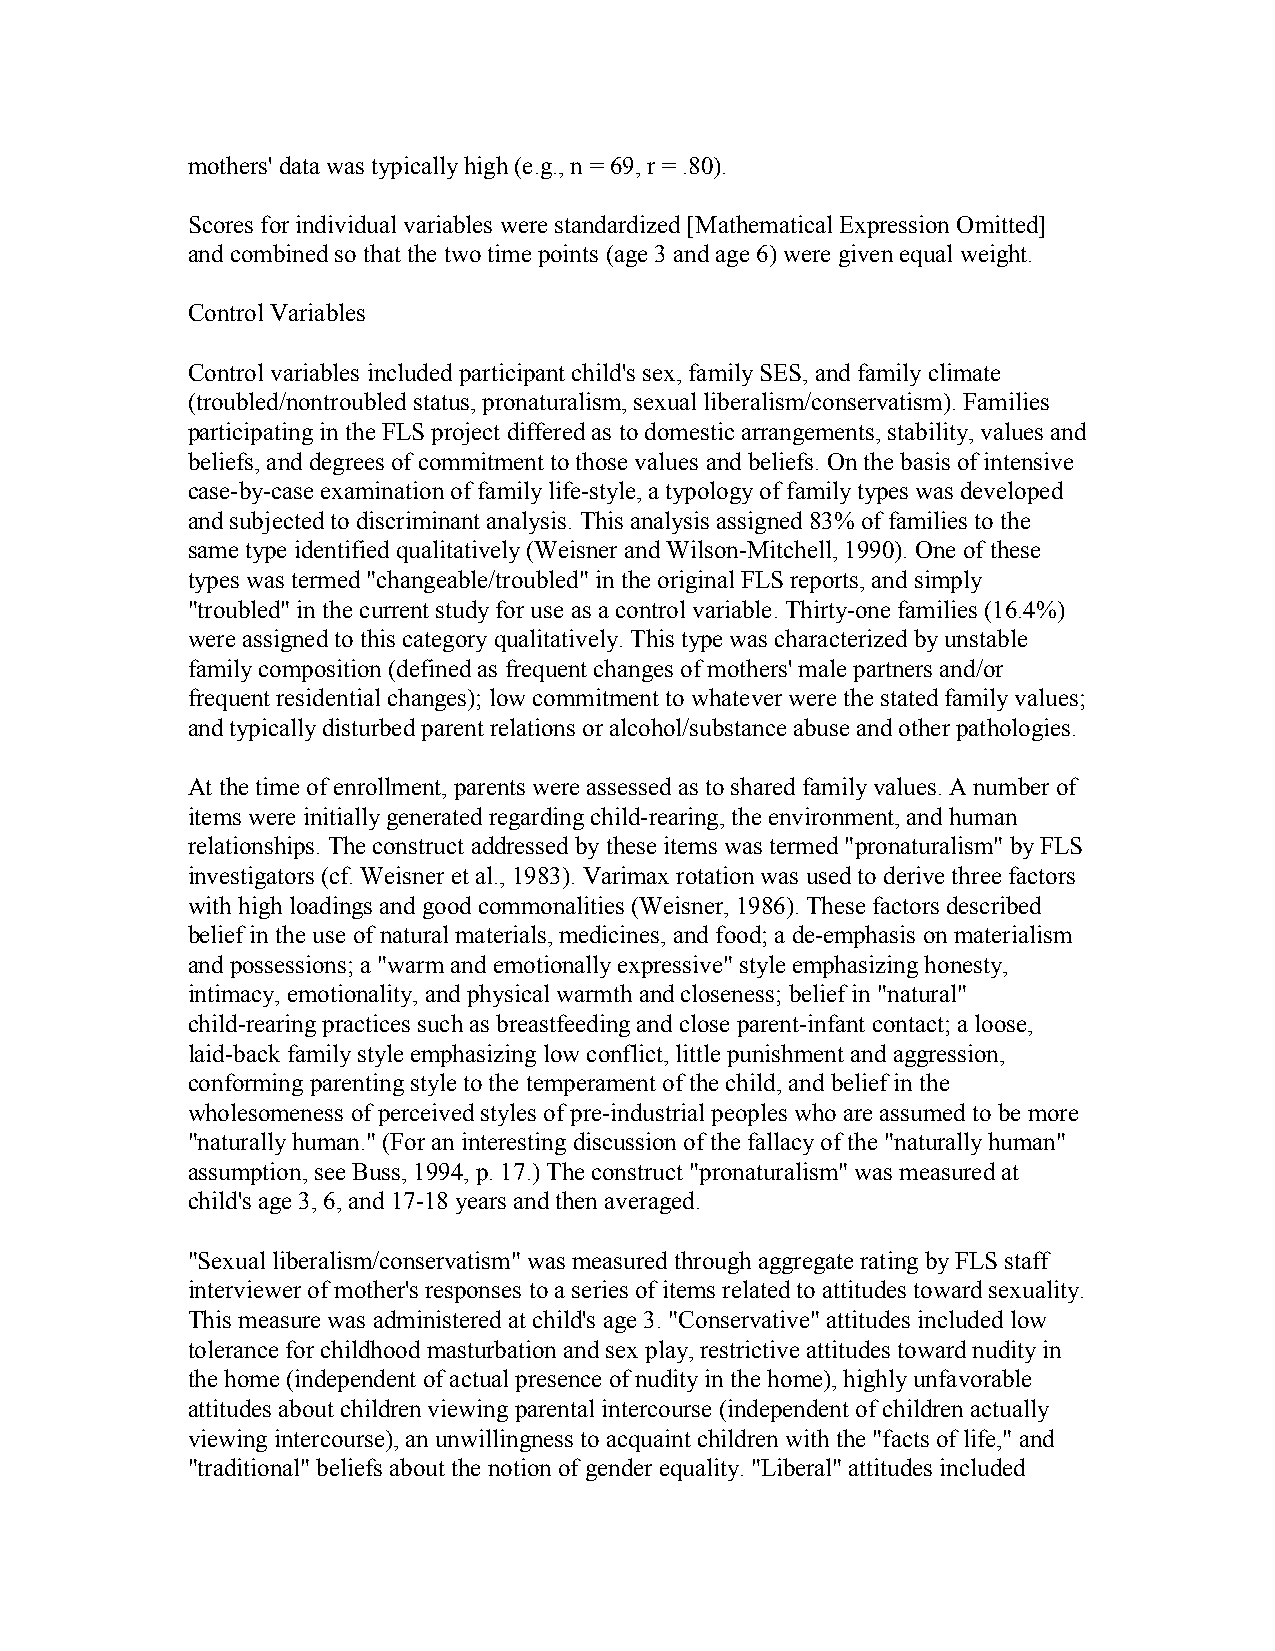
mothers' data was typically high (e.g., n = 69, r = .80).
 Scores for individual variables were standardized [Mathematical Expression Omitted]
 and combined so that the two time points (age 3 and age 6) were given equal weight.
 Control Variables
 Control variables included participant child's sex, family SES, and family climate
 (troubled/nontroubled status, pronaturalism, sexual liberalism/conservatism). Families
 participating in the FLS project differed as to domestic arrangements, stability, values and
 beliefs, and degrees of commitment to those values and beliefs. On the basis of intensive
 case-by-case examination of family life-style, a typology of family types was developed
 and subjected to discriminant analysis. This analysis assigned 83% of families to the
 same type identified qualitatively (Weisner and Wilson-Mitchell, 1990). One of these
 types was termed "changeable/troubled" in the original FLS reports, and simply
 "troubled" in the current study for use as a control variable. Thirty-one families (16.4%)
 were assigned to this category qualitatively. This type was characterized by unstable
 family composition (defined as frequent changes of mothers' male partners and/or
 frequent residential changes); low commitment to whatever were the stated family values;
 and typically disturbed parent relations or alcohol/substance abuse and other pathologies.
 At the time of enrollment, parents were assessed as to shared family values. A number of
 items were initially generated regarding child-rearing, the environment, and human
 relationships. The construct addressed by these items was termed "pronaturalism" by FLS
 investigators (cf. Weisner et al., 1983). Varimax rotation was used to derive three factors
 with high loadings and good commonalities (Weisner, 1986). These factors described
 belief in the use of natural materials, medicines, and food; a de-emphasis on materialism
 and possessions; a "warm and emotionally expressive" style emphasizing honesty,
 intimacy, emotionality, and physical warmth and closeness; belief in "natural"
 child-rearing practices such as breastfeeding and close parent-infant contact; a loose,
 laid-back family style emphasizing low conflict, little punishment and aggression,
 conforming parenting style to the temperament of the child, and belief in the
 wholesomeness of perceived styles of pre-industrial peoples who are assumed to be more
 "naturally human." (For an interesting discussion of the fallacy of the "naturally human"
 assumption, see Buss, 1994, p. 17.) The construct "pronaturalism" was measured at
 child's age 3, 6, and 17-18 years and then averaged.
 "Sexual liberalism/conservatism" was measured through aggregate rating by FLS staff
 interviewer of mother's responses to a series of items related to attitudes toward sexuality.
 This measure was administered at child's age 3. "Conservative" attitudes included low
 tolerance for childhood masturbation and sex play, restrictive attitudes toward nudity in
 the home (independent of actual presence of nudity in the home), highly unfavorable
 attitudes about children viewing parental intercourse (independent of children actually
 viewing intercourse), an unwillingness to acquaint children with the "facts of life," and
 "traditional" beliefs about the notion of gender equality. "Liberal" attitudes included